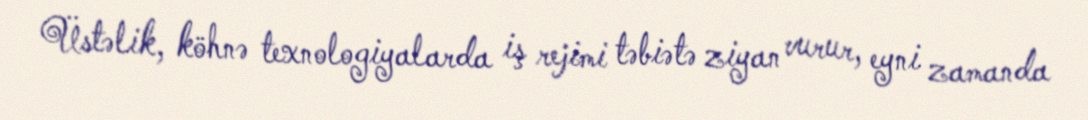
Üstəlik, köhnə texnologiyalarda iş rejimi təbiətə ziyan vurur, eyni zamanda